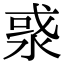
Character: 㳼